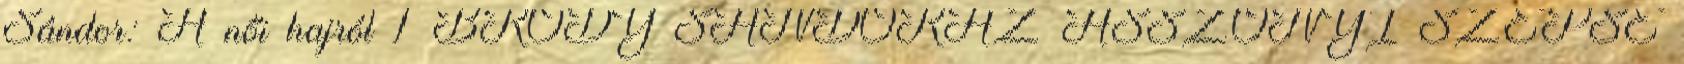
Sándor: A női hajról 1 BRÓDY SÁNDORAZ ASSZONYI SZÉPSÉ